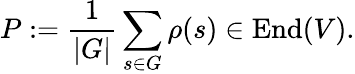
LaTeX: P:={\frac{1}{|G|}}\sum_{s\in G}\rho(s)\in{\mathrm{End}}(V).